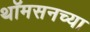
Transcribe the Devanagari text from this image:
थॉमसनच्या